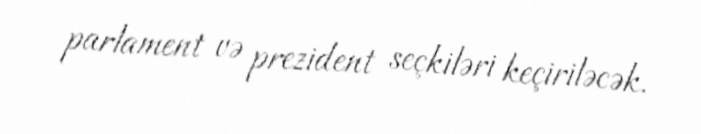
parlament və prezident seçkiləri keçiriləcək.